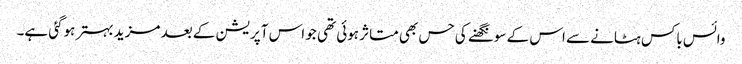
وائس باکس ہٹانے سے اس کے سونگھنے کی حس بھی متاثر ہوئی تھی جو اس آپریشن کے بعد مزید بہتر ہوگئی ہے۔